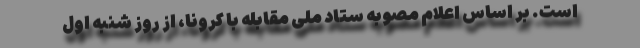
است. بر اساس اعلام مصوبه ستاد ملی مقابله با کرونا، از روز شنبه اول